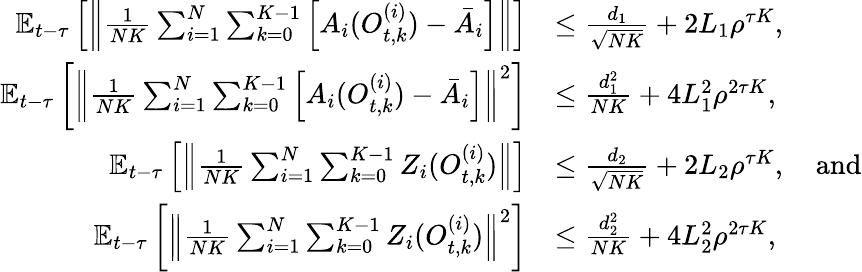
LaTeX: \begin{array}{rl}{\mathbb{E}_{t-\tau}\left[\left\| \frac{1}{NK}\sum_{i=1}^{N}\sum_{k=0}^{K-1}\left[A_{i}(O_{t,k}^{(i)})-\bar{A}_{i}\right]\right\| \right]}&{\le\frac{d_{1}}{\sqrt{NK}}+2L_{1}\rho^{\tau K},}\\ {\mathbb{E}_{t-\tau}\left[\left\| \frac{1}{NK}\sum_{i=1}^{N}\sum_{k=0}^{K-1}\left[A_{i}(O_{t,k}^{(i)})-\bar{A}_{i}\right]\right\| ^{2}\right]}&{\le\frac{d_{1}^{2}}{NK}+4L_{1}^{2}\rho^{2\tau K},}\\ {\mathbb{E}_{t-\tau}\left[\left\| \frac{1}{NK}\sum_{i=1}^{N}\sum_{k=0}^{K-1}Z_{i}(O_{t,k}^{(i)})\right\| \right]}&{\le\frac{d_{2}}{\sqrt{NK}}+2L_{2}\rho^{\tau K},\quad\mathrm{and}}\\ {\mathbb{E}_{t-\tau}\left[\left\| \frac{1}{NK}\sum_{i=1}^{N}\sum_{k=0}^{K-1}Z_{i}(O_{t,k}^{(i)})\right\| ^{2}\right]}&{\le\frac{d_{2}^{2}}{NK}+4L_{2}^{2}\rho^{2\tau K},}\end{array}